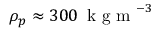
\rho _ { p } \approx 3 0 0 \, \mathrm { ~ k ~ g ~ m ~ } ^ { - 3 }